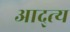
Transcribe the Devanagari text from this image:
आद्त्य